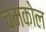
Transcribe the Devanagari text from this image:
चमकोल